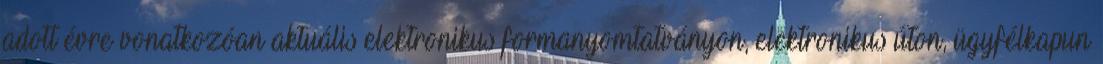
adott évre vonatkozóan aktuális elektronikus formanyomtatványon, elektronikus úton, ügyfélkapun